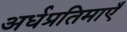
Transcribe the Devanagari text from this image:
अर्धप्रतिमाएँ